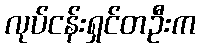
လုပ်ငန်းရှင်တဦးက